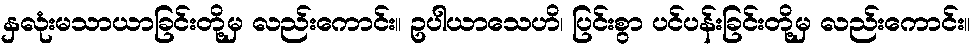
နှလုံးမသာယာခြင်းတို့မှ လည်းကောင်း။ ဥပါယာသေဟိ၊ ပြင်းစွာ ပင်ပန်းခြင်းတို့မှ လည်းကောင်း။